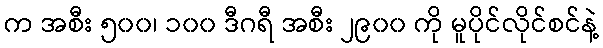
က အစီး ၅၀၀၊ ၁၀၀ ဒီဂရီ အစီး ၂၉၀၀ ကို မူပိုင်လိုင်စင်နဲ့